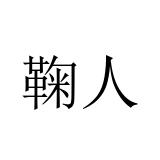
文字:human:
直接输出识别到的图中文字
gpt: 鞠人